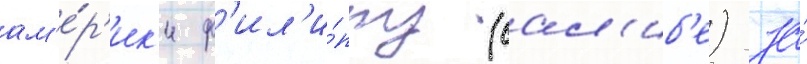
ам'е́р'ик'и ф'ил'и́ппу (сал'иб'е) за́